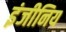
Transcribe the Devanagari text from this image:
इंजीनिय